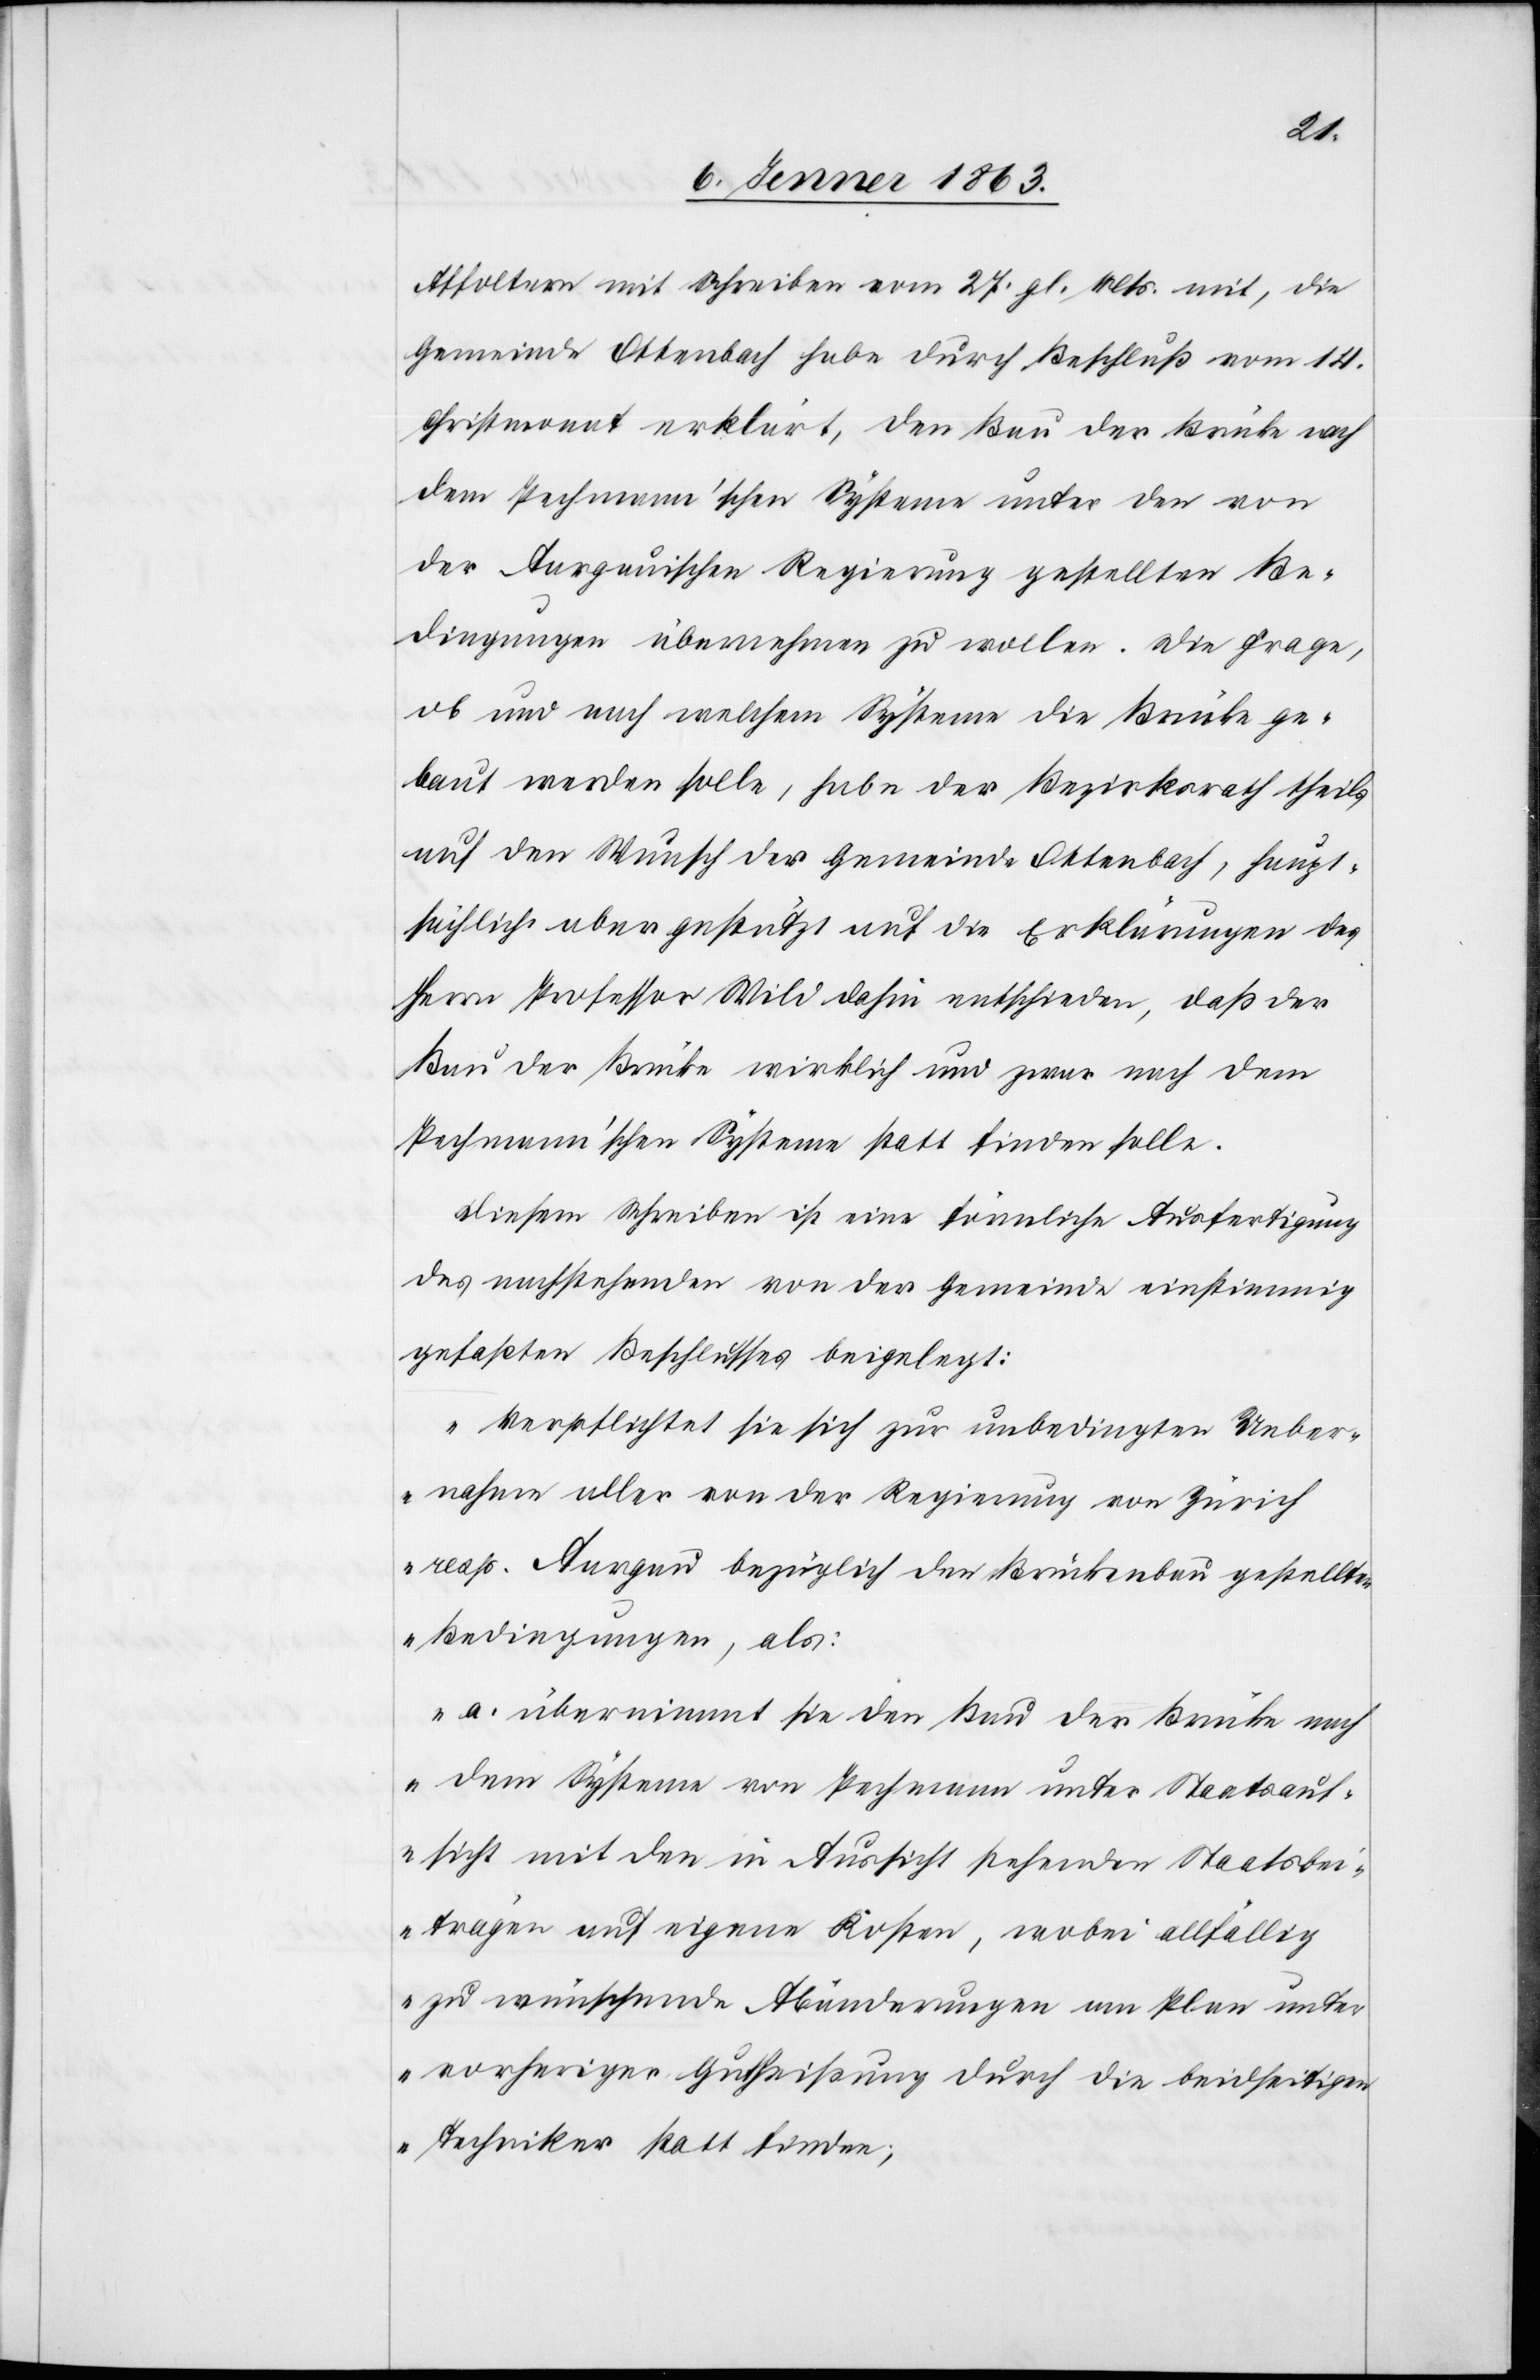
Affoltern mit Schreiben vom 27. gl. Mts. mit, die
Gemeinde Ottenbach habe durch Beschluß vom 14.
Christmonat erklärt, den Bau der Brücke nach
dem Pechmann'schen Systeme unter den von
der Aargauischen Regierung gestellten Be¬
dingungen übernehmen zu wollen. Die Frage,
ob und nach welchem Systeme die Brücke ge¬
baut werden solle, habe der Bezirksrath theils
auf den Wunsch der Gemeinde Ottenbach, haupt¬
sächlich aber gestützt auf die Erklärungen des
Herrn Professor Wild dahin entschieden, daß der
Bau der Brücke wirklich und zwar nach dem
Pechmann'schen Systeme statt finden solle.
Diesem Schreiben ist eine förmliche Ausfertigung
des nachstehenden von der Gemeinde einstimmig
gefaßten Beschlusses beigelegt:
„Verpflichtet sie sich zur unbedingten Ueber¬
nahme aller von der Regierung von Zürich
resp. Aargau bezüglich den Brückenbau gestellten
Bedingungen, als:
a. übernimmt sie den Bau der Brücke nach
dem Systeme von Pechmann unter Staatsauf¬
sicht mit den in Aussicht stehenden Staatsbei¬
trägen auf eigene Kosten, wobei allfällig
zu wünschende Abänderungen am Plan unter
vorheriger Gutheißung durch die beidseitigen
Techniker statt finden;